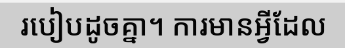
របៀបដូចគ្នា។ ការមានអ្វីដែល